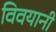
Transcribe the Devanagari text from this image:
विवयानी